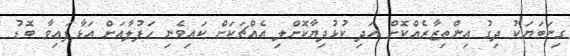
ގިނަބަޔަކު ދިގު އިންތިޒާރެއްކޮށް އަދި ކުޅުދިޔާކޮށްލި އެއްޗަކަށް ކައިވެނި ހަފުލާއަށް އަޅާފައިވާ ބޮޑު